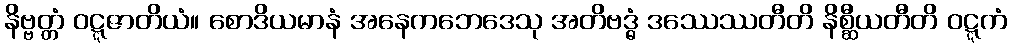
နိဗ္ဗတ္တံ ဝဋ္ဋဇာတိယံ။ စောဒိယမာနံ အနေကဘေဒေသု အတိဗဒ္ဓံ ဒဿေဿတီတိ နိစ္ဆီယတီတိ ဝဋ္ဋကံ